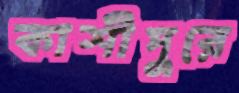
কাশীপুরে